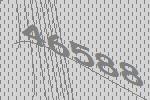
46588